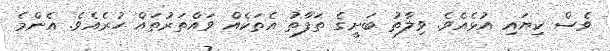
ވެސް ކިޔައި އުޅެއެވެ. ވިލާތު ބަށީގެ ތަފާތު އެތަކެއް ވައްތަރުތައް ހުރެއެވެ. އެންމެ